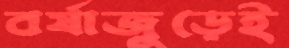
বর্ষাজুড়েই